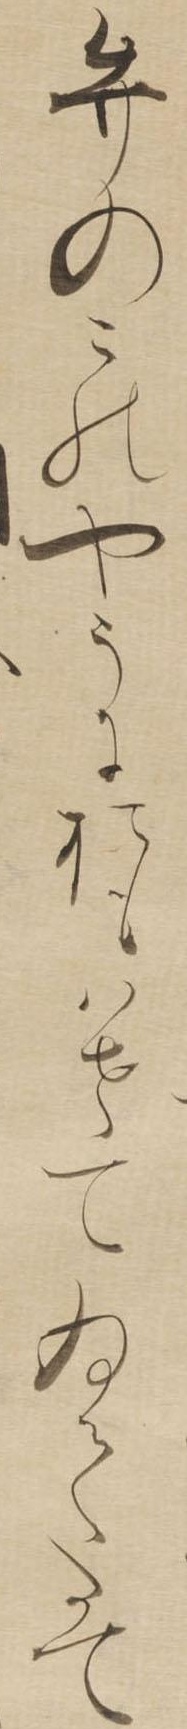
弁のこのやうにおもはせてゐてたて